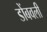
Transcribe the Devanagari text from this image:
डोंबवली